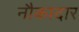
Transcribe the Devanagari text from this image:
नौकादार